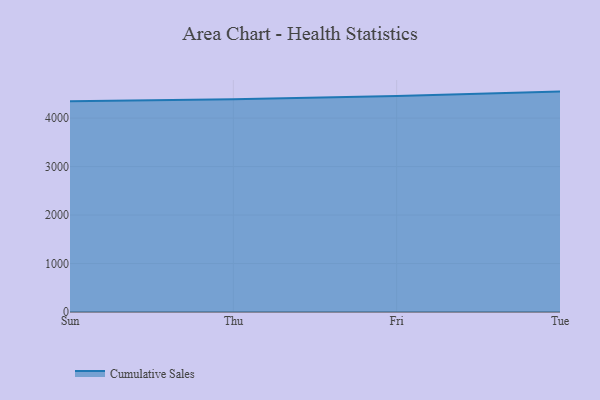
{"axis": {"x": "Day", "y": "Operating Costs (USD K)"}, "legend": ["Cumulative Sales"], "data": [{"x": "Sun", "y": 4346.5, "type": "Cumulative Sales"}, {"x": "Thu", "y": 4390.4, "type": "Cumulative Sales"}, {"x": "Fri", "y": 4454.0, "type": "Cumulative Sales"}, {"x": "Tue", "y": 4546.9, "type": "Cumulative Sales"}]}